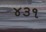
૪૩૧